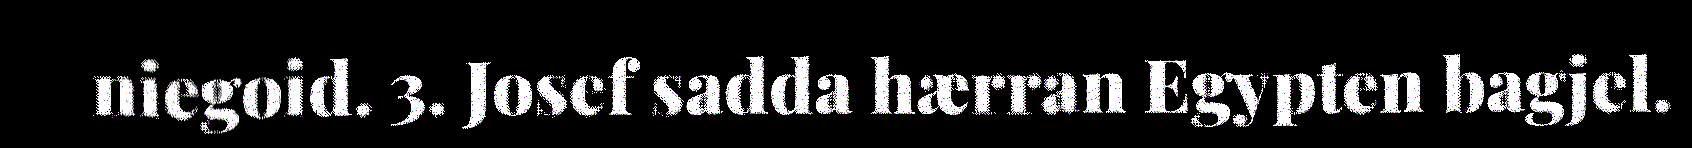
niegoid. 3. Josef sadda hærran Egypten bagjel.